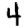
Digit: 4